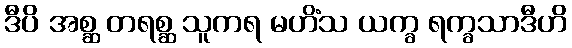
ဒီပိ အစ္ဆ တရစ္ဆ သူကရ မဟိံသ ယက္ခ ရက္ခသာဒီဟိ